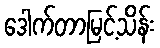
ဒေါက်တာမြင့်သိန်း